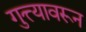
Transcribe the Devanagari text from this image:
गुत्त्यावरून